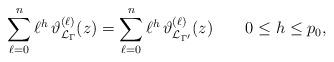
LaTeX: \begin{align*}\sum_{\ell=0}^n \ell^h \, \vartheta_{\mathcal L_{\Gamma}}^{(\ell)}(z) =\sum_{\ell=0}^n \ell^h \, \vartheta_{\mathcal L_{\Gamma'}}^{(\ell)}(z)\qquad0\leq h\leq p_0,\end{align*}